Senior Leaving Certificate Examination (including Day School Certificate (Higher) General paper), 1950
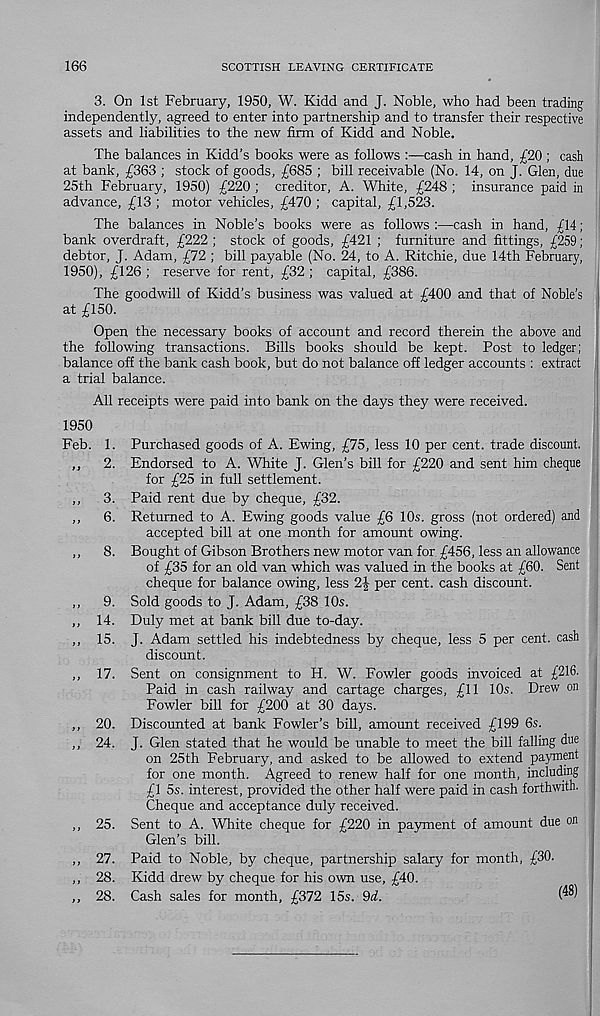
166
SCOTTISH LEAVING CERTIFICATE
3. On 1st February, 1950, W. Kidd and J. Noble, who had been trading
independently, agreed to enter into partnership and to transfer their respective
assets and liabilities to the new firm of Kidd and Noble.
The balances in Kidd’s books were as follows :—cash in hand, £20 ; cash
at bank, £363 ; stock of goods, £685 ; bill receivable (No. 14, on J. Glen, due
25th February, 1950) £220 ; creditor, A. White, £248 ; insurance paid in
advance, £13 ; motor vehicles, £470 ; capital, £1,523.
The balances in Noble’s books were as follows :—cash in hand, £14;
bank overdraft, £222 ; stock of goods, £421 ; furniture and fittings, £259;
debtor, J. Adam, £72 ; bill payable (No. 24, to A. Ritchie, due 14th February,
1950), £126 ; reserve for rent, £32 ; capital, £386.
The goodwill of Kidd’s business was valued at £400 and that of Noble’s
at £150.
Open the necessary books of account and record therein the above and
the following transactions. Bills books should be kept. Post to ledger;
balance off the bank cash book, but do not balance off ledger accounts : extract
a trial balance.
All receipts were paid into bank on the days they were received.
1950
Feb. 1. Purchased goods of A. Ewing, £75, less 10 per cent, trade discount.
,, 2. Endorsed to A. White J. Glen’s bill for £220 and sent him cheque
for £25 in full settlement.
,, 3. Paid rent due by cheque, £32.
,,
6. Returned to A. Ewing goods value £6 10s. gross (not ordered) and
accepted bill at one month for amount owing.
,, 8. Bought of Gibson Brothers new motor van for £456, less an allowance
of £35 for an old van which was valued in the books at £60. Sent
cheque for balance owing, less 2| per cent, cash discount.
,, 9. Sold goods to J. Adam, £38 10s.
,, 14. Duly met at bank bill due to-day.
,, 15. J. Adam settled his indebtedness by cheque, less 5 per cent, cash
discount.
,, 17. Sent on consignment to H. W. Fowler goods invoiced at £216.
Paid in cash railway and cartage charges, £11 10s. Drew on
Fowler bill for £200 at 30 days.
,, 20. Discounted at bank Fowler’s bill, amount received £199 6s.
,, 24. J. Glen stated that he would be unable to meet the bill falling due
on 25th February, and asked to be allowed to extend payment
for one month. Agreed to renew half for one month, including
£1 5s. interest, provided the other half were paid in cash forthwith.
Cheque and acceptance duly received.
,, 25. Sent to A. White cheque for £220 in payment of amount due on
Glen’s bill.
,, 27. Paid to Noble, by cheque, partnership salary for month, £30.
,, 28. Kidd drew by cheque for his own use, £40.
,, 28. Cash sales for month, £372 15s. 9d.